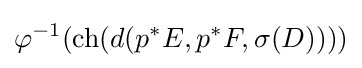
\varphi ^{-1}(\operatorname {ch} (d(p^{*}E,p^{*}F,\sigma (D))))